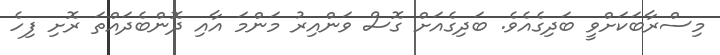
މިސްރާބަކަށްވީ ބަދިގެއެވެ. ބަދިގެއަށް ގޮސް ވަންއިރު މަންމަ އާއި ދޮންބެދައްތަ ރޮށި ފިހެ